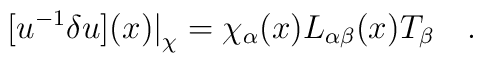
[u^{-1}\delta u](x) \big|_\chi ={\chi_\alpha(x)} L_{\alpha\beta}(x)T_\beta\quad.